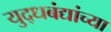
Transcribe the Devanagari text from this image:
युद्धबंद्यांच्या